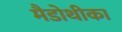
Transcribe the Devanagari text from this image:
मैडोथीका